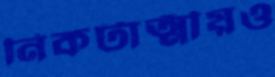
নিকটাত্মীয়ও